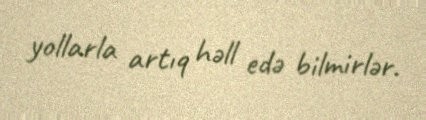
yollarla artıq həll edə bilmirlər.